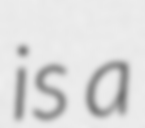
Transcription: is a